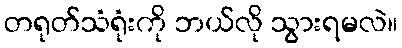
တရုတ်သံရုံးကို ဘယ်လို သွားရမလဲ။